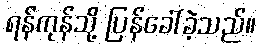
ရန်ကုန်သို့ ပြန်ခေါ်ခဲ့သည်။